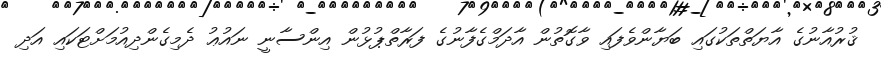
ޤުރުއާނުގެ އާޔަތްތަކުގައި ބަޔާންވެފައި ވާގޮތުން އާދަމްގެފާނުގެ ފަރާތްޕުޅުން އިންސާނީ ނައުޢު ދެމިގެންދިއުމަށްޓަކައި އަދި